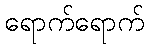
ရောက်ရောက်